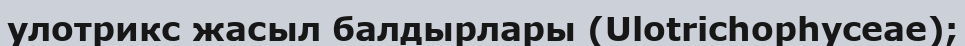
улотрикс жасыл балдырлары (Ulotrіchophyceae);